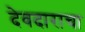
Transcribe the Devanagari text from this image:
देवदाराचा